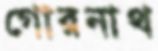
গোরনাথ